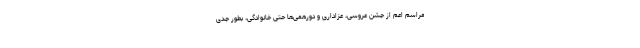
مراسم اعم از جشن عروسی، عزاداری و دورهمی‌ها حتی خانوادگی، بطور جدی